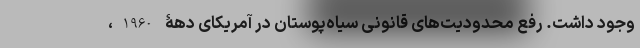
وجود داشت. رفع محدودیت‌های قانونی سیاه‌پوستان در آمریکای دهۀ 1960،